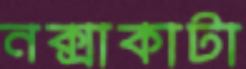
নক্সাকাটা